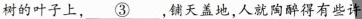
树的叶子上，\underline{③}，铺天盖地，人就陶醉得有些许